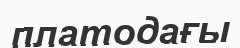
платодағы